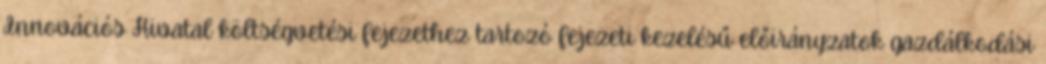
Innovációs Hivatal költségvetési fejezethez tartozó fejezeti kezelésű előirányzatok gazdálkodási